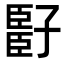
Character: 𬛧